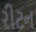
રીટન